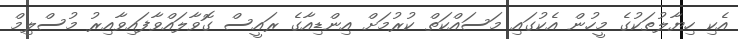
އެކި ހިޔާލުތަކުގެ މީހުން އެކުގައި މަސައްކަތް ކުރުމަށް އިންޑިއާގެ ރައީސް ގޮވާލައްވާފައިވާއިރު މުސްލިމް